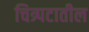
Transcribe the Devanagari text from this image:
चित्र्पटातील